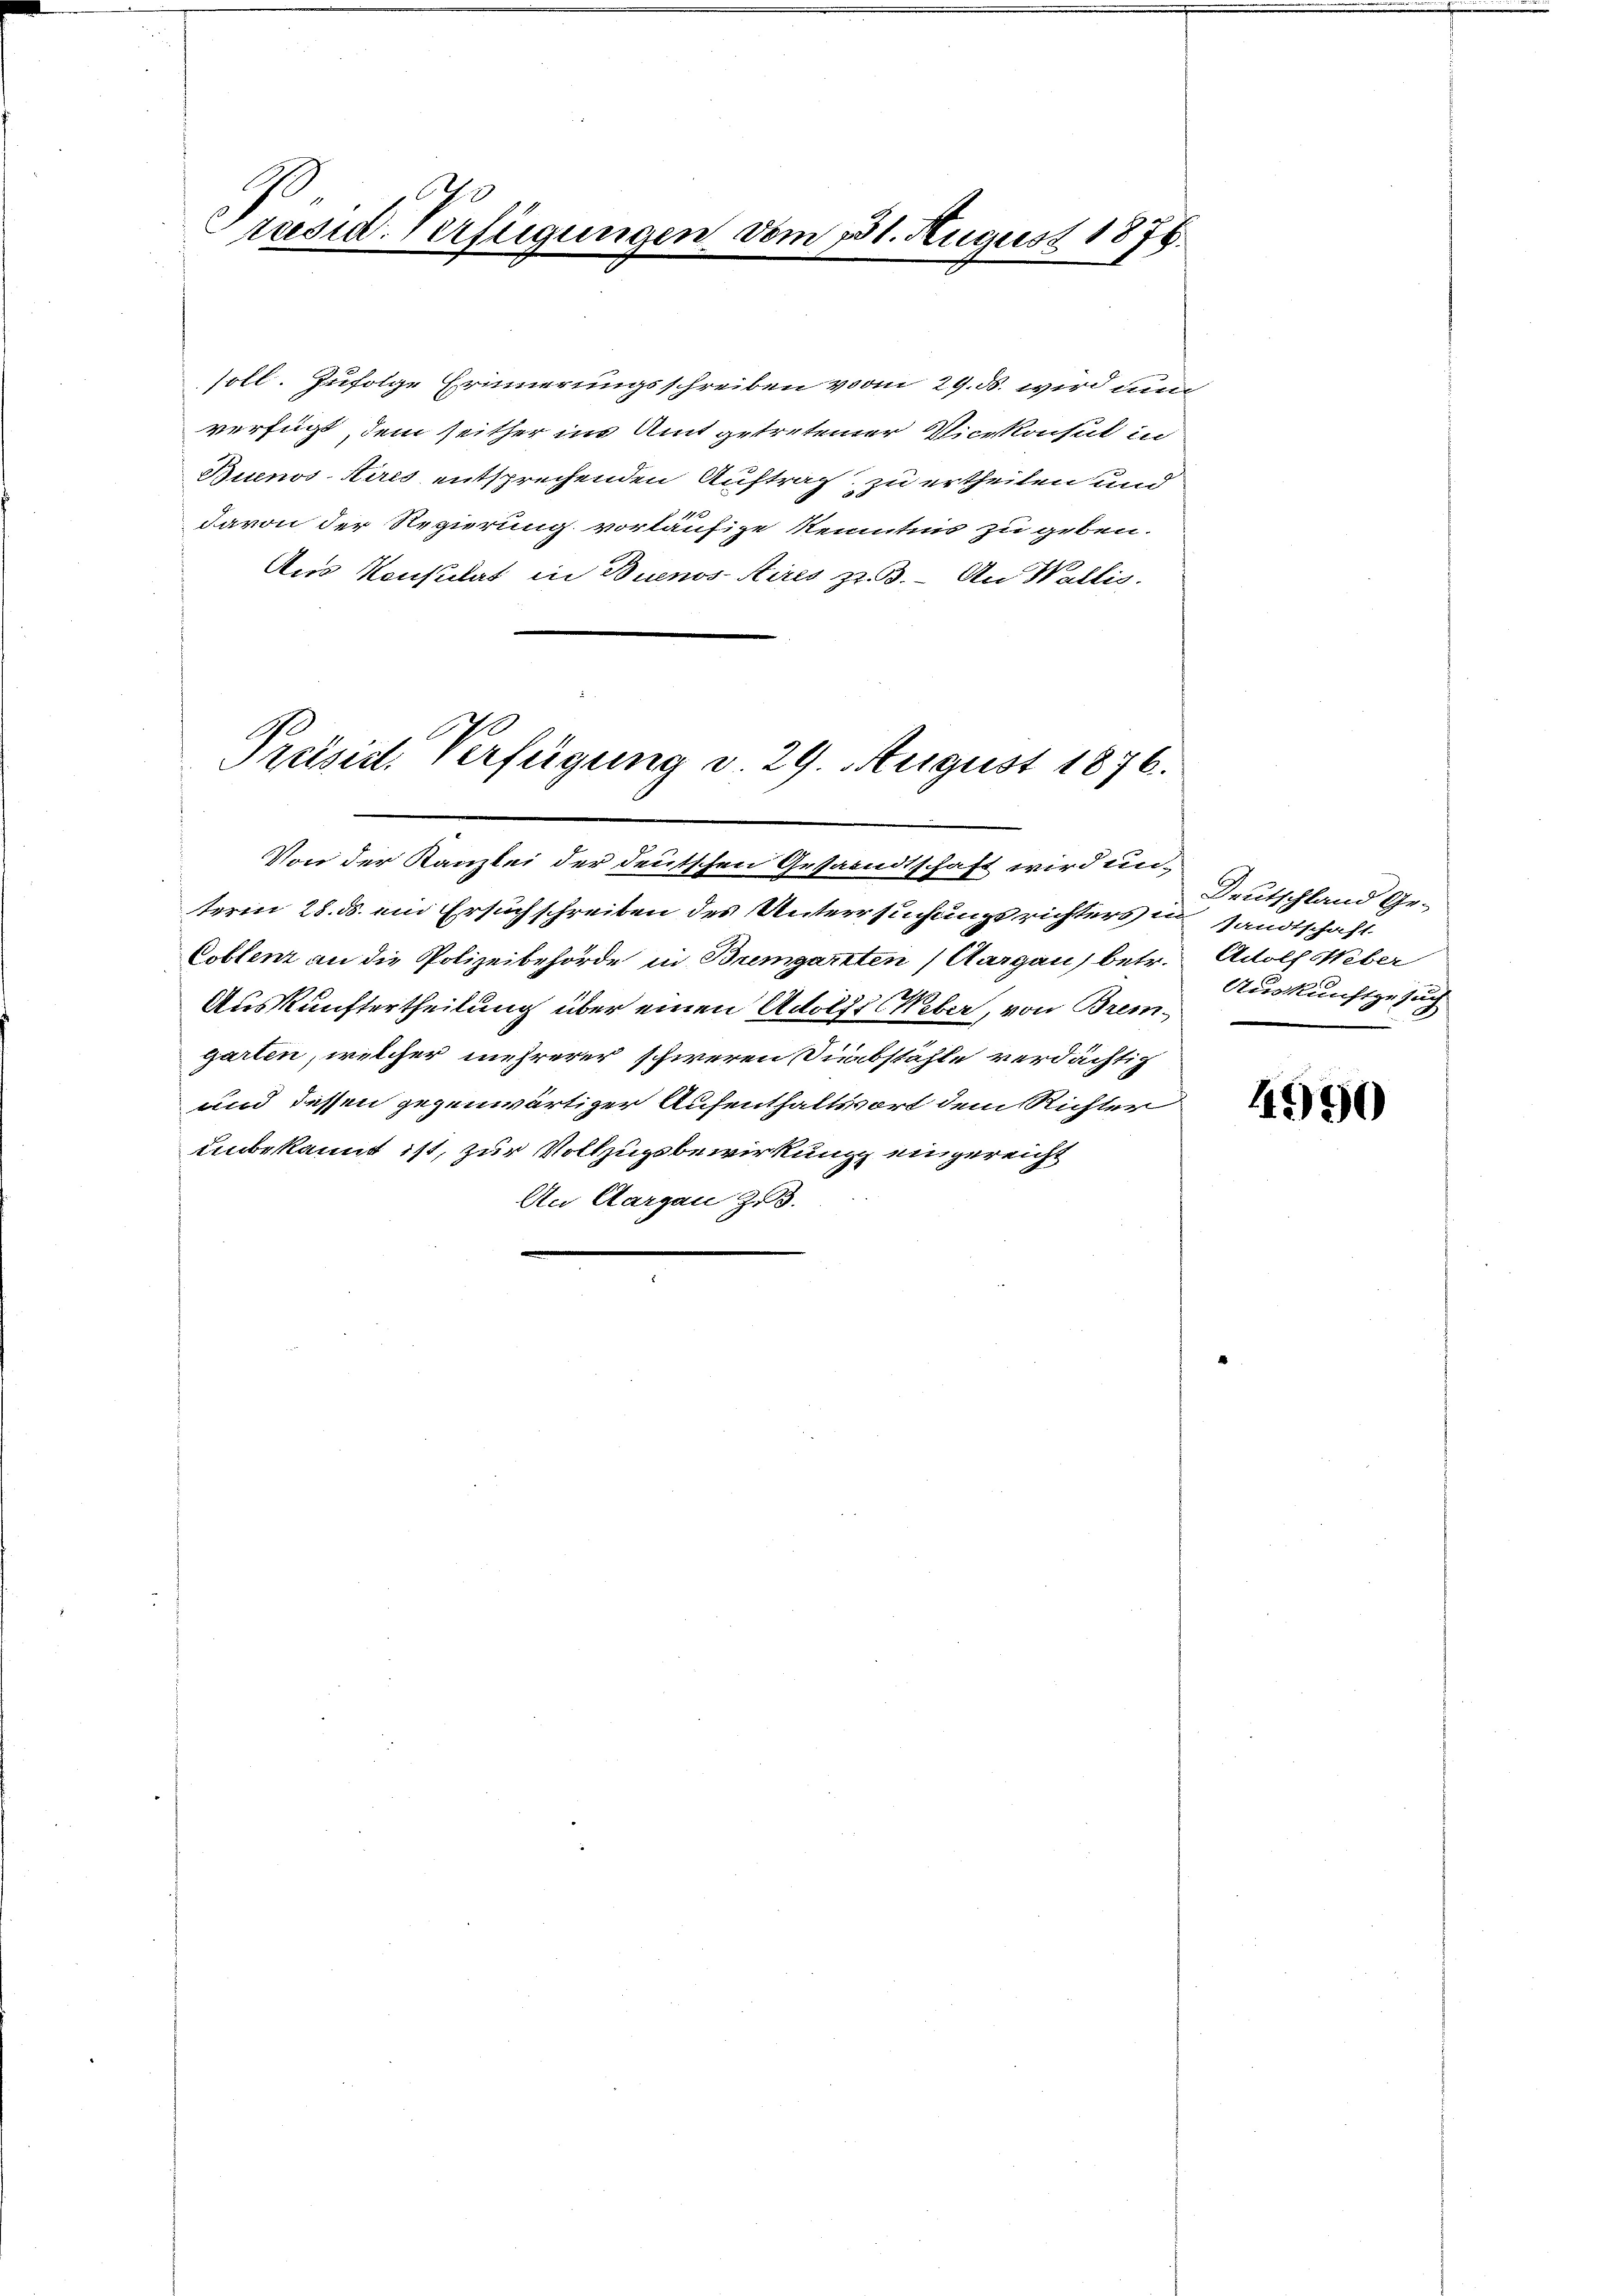
1
räsid. Verfügungen vom 31. August 1876.

soll. Zufolge Erinnerungsschreiben vom 29. ds. wird nun
verfügt, dem seither ins Amt getretener Vicekonsul in
Buenos Aires entsprechenden Auftrag zu ertheilen und
davon der Regierung vorläufige Kenntnis zu geben.
Aus Konsulat in Buenos-Aires zu. An Wallis.

Preisid. Verfügung v. 29. August 1876.

Von der Kanzlei der deutschen Gesandtschaft wird unterm 28. ds. ein Ersuchschreiben des Untersuchungsrichters in sandtschaft
Coblenz an die Polizeibehörde in Bremgarten (Aargau) betr. Adolf Weber
Auskunftertheilung über einen Adolf Weber, von Brem-
garten, welcher mehrerer schweren Substähle verdächtig
und dessen gegenwärtiger Aufenthaltsort dem Richter
unbekannt ist, zur Vollzugsbewirkung eingereicht
An Aargau Z.3.

Deutschland Ge¬
Auskunftgesuch

4990